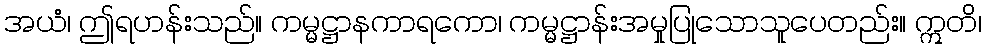
အယံ၊ ဤရဟန်းသည်။ ကမ္မဋ္ဌာနကာရကော၊ ကမ္မဋ္ဌာန်းအမှုပြုသောသူပေတည်း။ ဣတိ၊